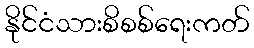
နိုင်ငံသားစိစစ်ရေးကတ်